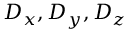
D _ { x } , D _ { y } , D _ { z }